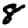
Digit: 8